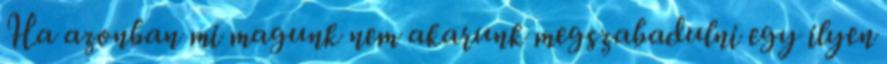
Ha azonban mi magunk nem akarunk megszabadulni egy ilyen